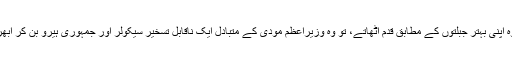
اگر وہ اپنی بہتر جبلتوں کے مطابق قدم اُٹھاتے، تو وہ وزیرِاعظم مودی کے متبادل ایک ناقابل تسخیر سیکولر اور جمہوری ہیرو بن کر اُبھرتے۔